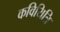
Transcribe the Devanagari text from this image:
कवियित्रि